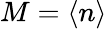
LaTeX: M=\langle n\rangle